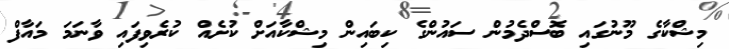
މިޝްކާގެ މޫނުގައި ބޮސްދެމުން ސައުންގެ ކިބައިން މިޝްކާއަށް ކުށެއް ކުރެވިފައި ވާނަމަ މައާފް